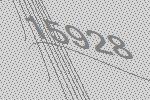
15928